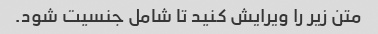
متن زیر را ویرایش کنید تا شامل جنسیت شود.